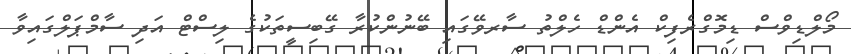
މޯލްޑިވްސް ޑިމޮގްރެފިކް އެންޑް ހެލްތު ސާރވޭގައި ބޭނުންކުރާ ގޭބިސީތަކުގެ ލިސްޓް އަދި ސާމްޕަލްގައިވާ